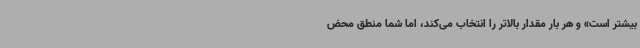
بیشتر است» و هر بار مقدار بالاتر را انتخاب می‌کند، اما شما منطق محض